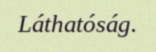
Láthatóság.